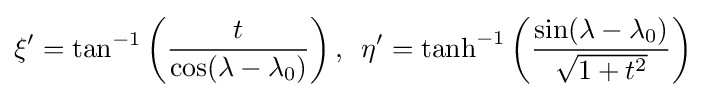
\xi '=\tan ^{-1}\left({\frac {t}{\cos(\lambda -\lambda _{0})}}\right),\,\,\,\eta '=\tanh ^{-1}\left({\frac {\sin(\lambda -\lambda _{0})}{\sqrt {1+t^{2}}}}\right)